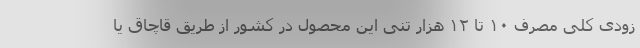
زودی کلی مصرف ۱۰ تا ۱۲ هزار تنی این محصول در کشور از طریق قاچاق یا